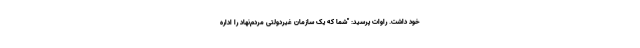
خود داشت. راوات پرسید: "شما که یک سازمان غیردولتی مردم‌نهاد را اداره